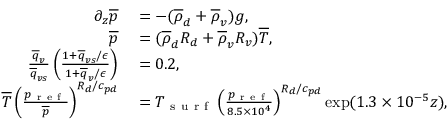
\begin{array} { r l } { \partial _ { z } \overline { { p } } } & { { } = - ( \overline { { \rho } } _ { d } + \overline { { \rho } } _ { v } ) g , } \\ { \overline { { p } } } & { { } = ( \overline { { \rho } } _ { d } R _ { d } + \overline { { \rho } } _ { v } R _ { v } ) \overline { { T } } , } \\ { \frac { \overline { { q } } _ { v } } { \overline { { q } } _ { v s } } \left( \frac { 1 + \overline { { q } } _ { v s } / \epsilon } { 1 + \overline { { q } } _ { v } / \epsilon } \right) } & { { } = 0 . 2 , } \\ { \overline { { T } } \left( \frac { p _ { \mathrm { ~ r ~ e ~ f ~ } } } { \overline { { p } } } \right) ^ { R _ { d } / c _ { p d } } } & { { } = T _ { \mathrm { ~ s ~ u ~ r ~ f ~ } } \left( \frac { p _ { \mathrm { ~ r ~ e ~ f ~ } } } { 8 . 5 \times 1 0 ^ { 4 } } \right) ^ { R _ { d } / c _ { p d } } \exp ( 1 . 3 \times 1 0 ^ { - 5 } z ) , } \end{array}